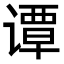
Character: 谭